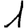
Digit: 1